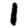
Digit: 1